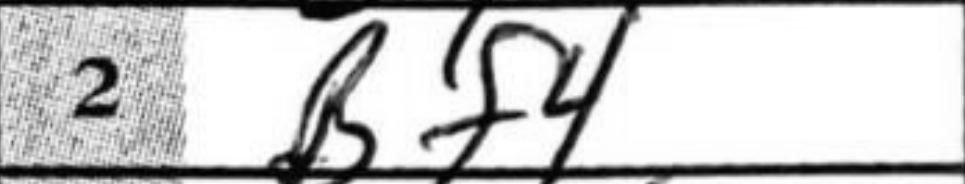
Transcription: Bf4